画像に写った文字を読んでください
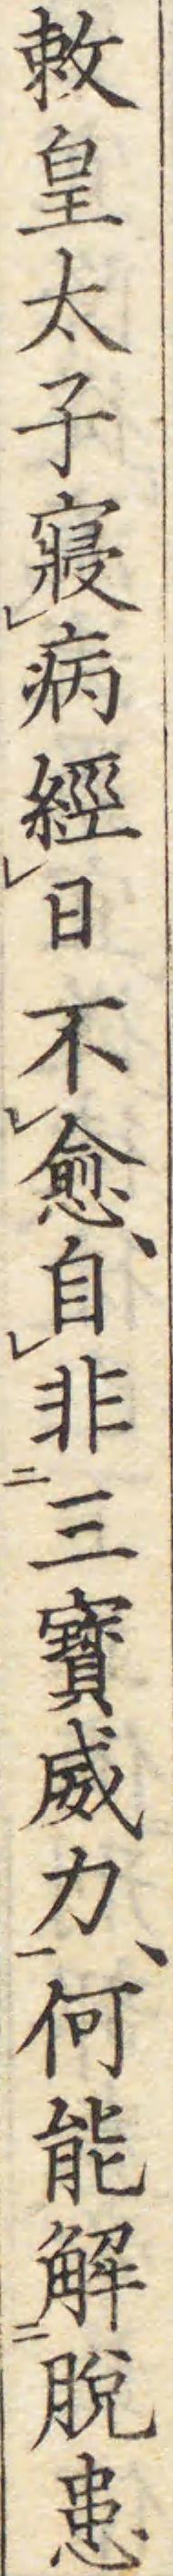
「敕皇太子寢病經日不愈、自非三寳威力、何能解脫患」と書いてあります